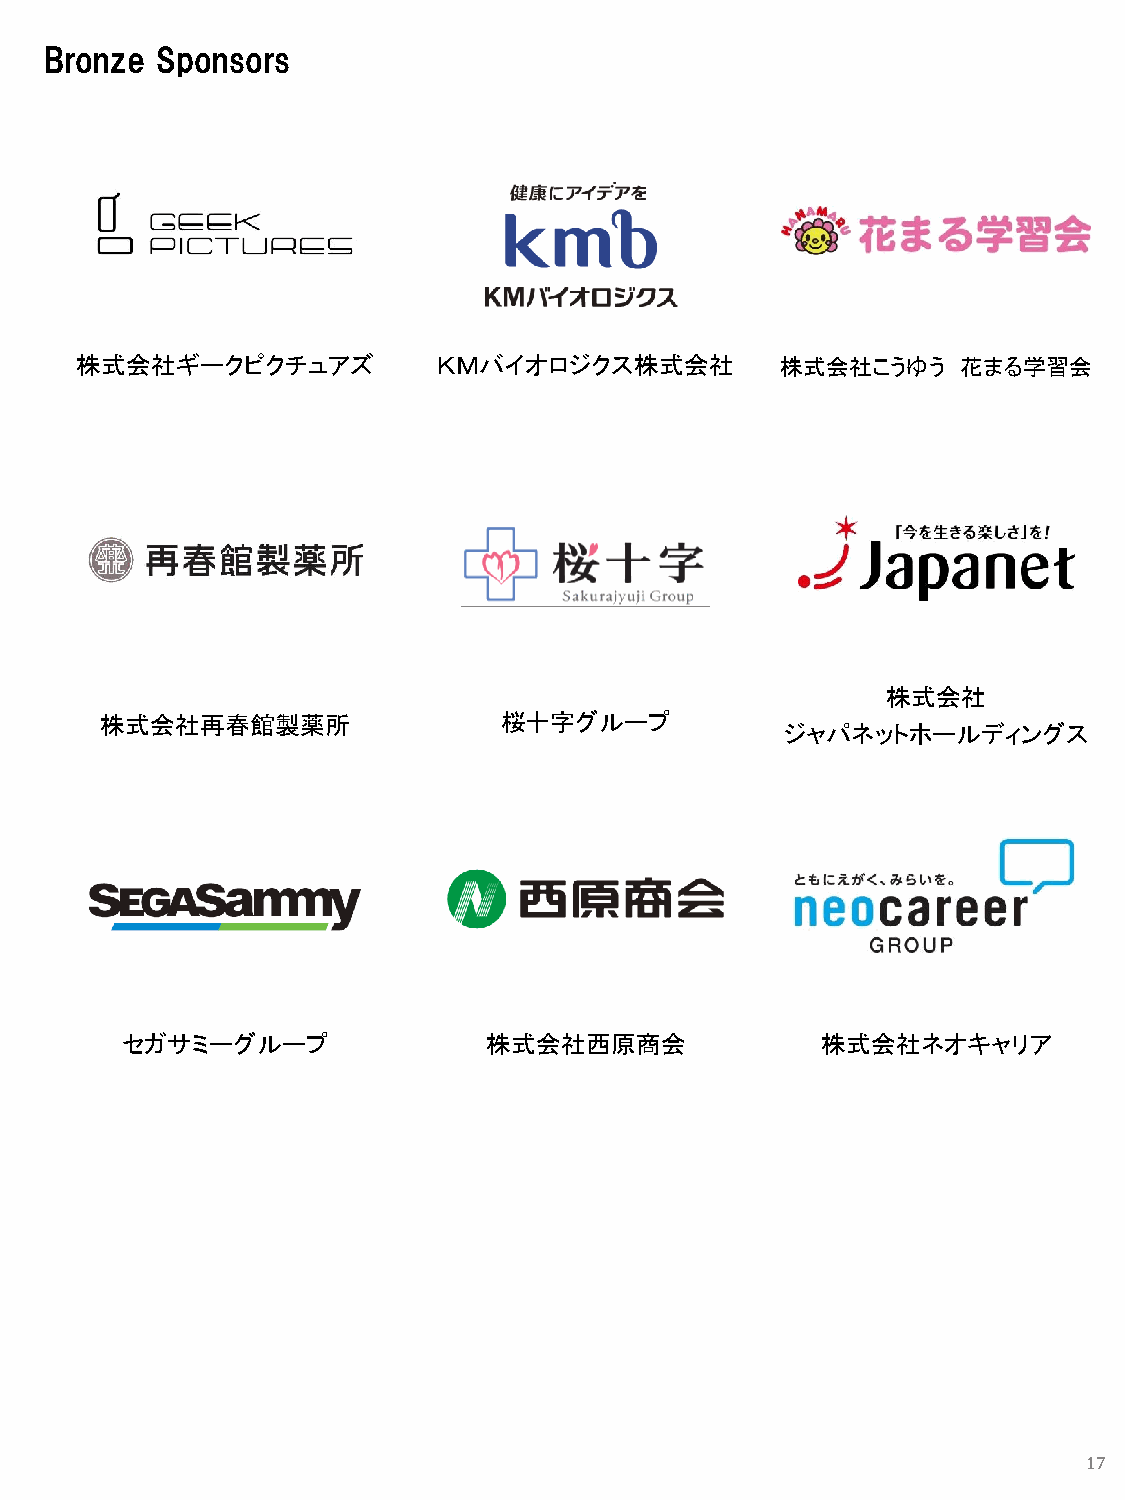
Bronze Sponsors
 株式会社ギークピクチュアズ           ＫＭバイオロジクス株式会社          株式会社こうゆう    花まる学習会
 株式会社
 株式会社再春館製薬所                桜十字グループ
 ジャパネットホールディングス
 セガサミーグループ               株式会社西原商会              株式会社ネオキャリア
 17